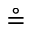
\circeq